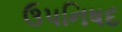
ઉપનિષદ